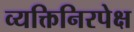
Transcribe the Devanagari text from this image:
व्यक्तिनिरपेक्ष